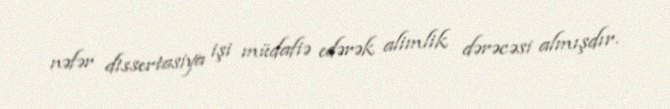
nəfər dissertasiya işi müdafiə edərək alimlik dərəcəsi almışdır.